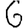
Digit: 6